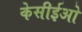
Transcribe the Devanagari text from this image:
केसीईओ